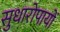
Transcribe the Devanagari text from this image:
सुधारोपायों